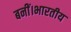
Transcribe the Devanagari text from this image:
बनीं।भारतीय